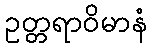
ဥတ္တရာဝိမာနံ